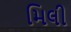
મિલી